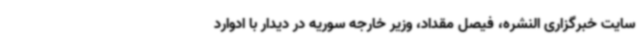
سایت خبرگزاری النشره، فیصل مقداد، وزیر خارجه سوریه در دیدار با ادوارد